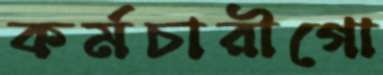
কর্মচারীগো